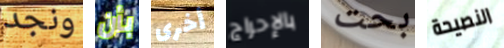
ونجد بأن أخرى بالإحراج بحت النصيحة